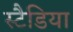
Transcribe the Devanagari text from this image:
स्टैडिया